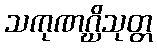
သကုဏဂ္ဃိသုတ္တ